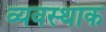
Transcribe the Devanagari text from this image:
व्यवस्थाक